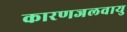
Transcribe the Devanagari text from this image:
कारणजलवायु